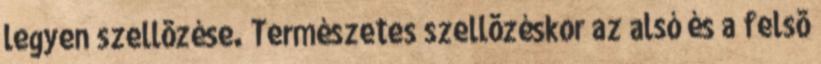
legyen szellõzése. Természetes szellõzéskor az alsó és a felsõ